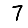
Digit: 7